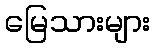
မြေသားများ